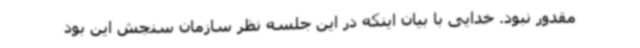
مقدور نبود. خدایی با بیان اینکه در این جلسه نظر سازمان سنجش این بود